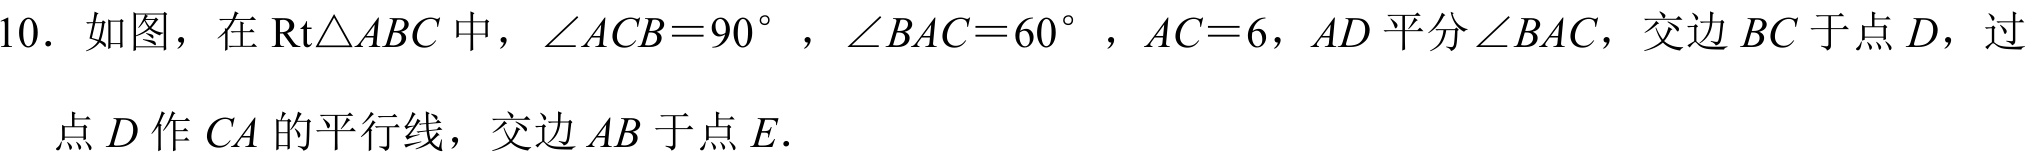
10. 如图，在\(\text{Rt}\triangle ABC\)中，\(\angle ACB = 90^{\circ}\)，\(\angle BAC = 60^{\circ}\)，\(AC = 6\)，\(AD\)平分\(\angle BAC\)，交边\(BC\)于点\(D\)，过
点\(D\)作\(CA\)的平行线，交边\(AB\)于点\(E\).